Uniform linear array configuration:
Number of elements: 8
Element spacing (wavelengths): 0.5
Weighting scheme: binomial
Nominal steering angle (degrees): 0
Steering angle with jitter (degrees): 1.618
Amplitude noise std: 0.05
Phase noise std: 0.05

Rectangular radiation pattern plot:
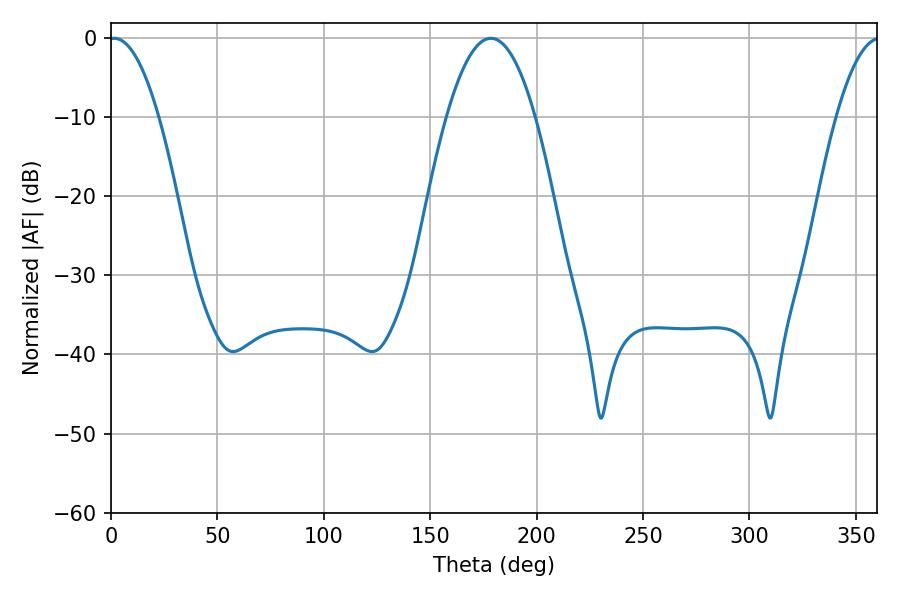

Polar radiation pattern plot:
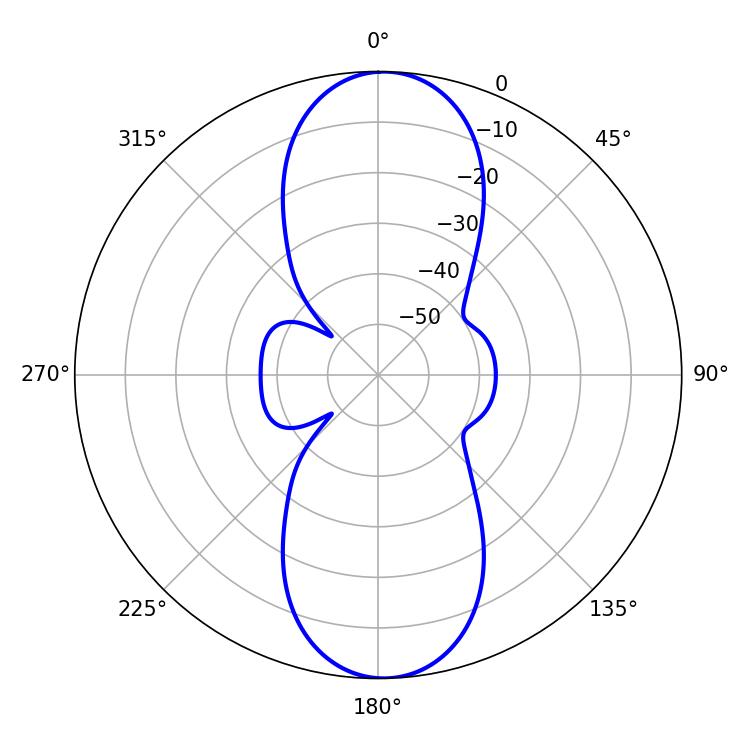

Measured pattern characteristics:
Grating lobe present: FALSE
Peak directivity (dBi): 19.461
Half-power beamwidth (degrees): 22.86
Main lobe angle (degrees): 178.56